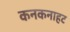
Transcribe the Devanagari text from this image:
कनकनाहट